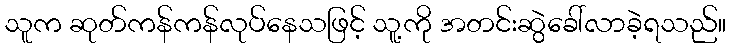
သူက ဆုတ်ကန်ကန်လုပ်နေသဖြင့် သူ့ကို အတင်းဆွဲခေါ်လာခဲ့ရသည်။